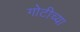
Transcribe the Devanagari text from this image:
गोटीच्या